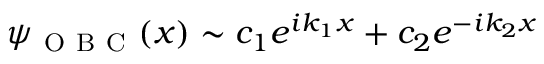
\psi _ { \mathrm { ~ O ~ B ~ C ~ } } ( x ) \sim c _ { 1 } e ^ { i k _ { 1 } x } + c _ { 2 } e ^ { - i k _ { 2 } x }